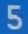
5